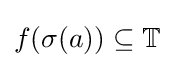
f(\sigma (a))\subseteq \mathbb {T}